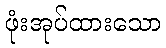
ဖုံးအုပ်ထားသော